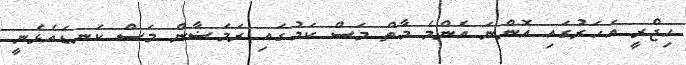
ހިޖްރީ އަހަރުގައި އޮންނަ އެންމެ މާތް މަސް ކަމުގައި ރަމަޟާން މަސް ކަނޑައެޅެނީ